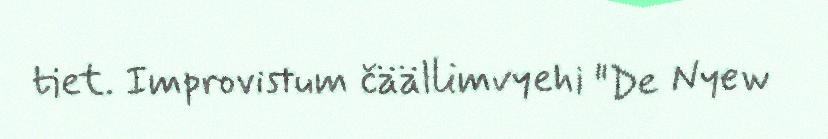
tiet. Improvistum čäällimvyehi "De Nyew